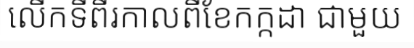
លើកទីពីរកាលពីខែកក្កដា ជាមួយ